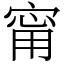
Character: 甯